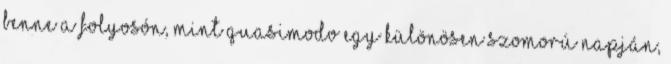
benne a folyosón, mint Quasimodo egy különösen szomorú napján,